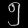
Digit: ၅